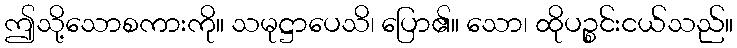
ဤသို့သောစကားကို။ သမုဋ္ဌာပေသိ၊ ပြော၏။ သော၊ ထိုပဉ္စင်းငယ်သည်။